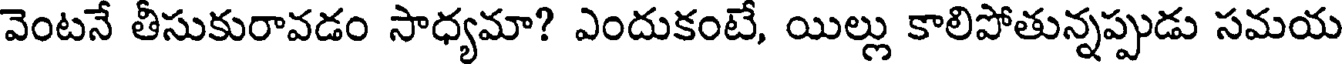
వెంటనే తీసుకురావడం సాధ్యమా? ఎందుకంటే, యిల్లు కాలిపోతున్నప్పుడు సమయ